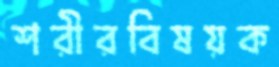
শরীরবিষয়ক